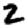
Digit: 2